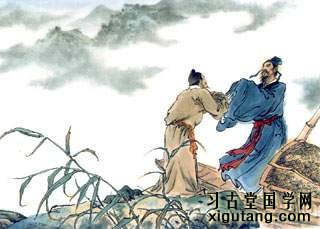
远送从此别，青山空复情。